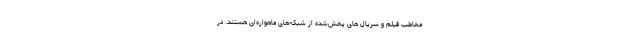
مخاطب فیلم و سریال ­های پخش‌شده از شبکه­‌های ماهواره­ای هستند. در